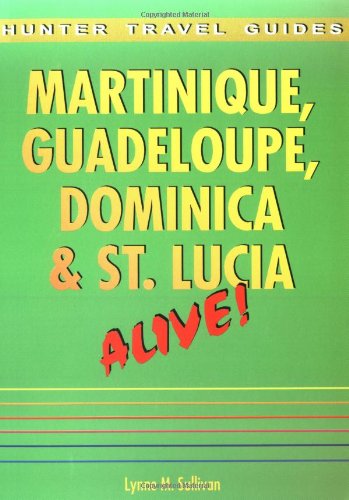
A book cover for Martinique, Guadeloupe, Dominica & St. Lucia; Lynne M. Sullivan; Travel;